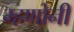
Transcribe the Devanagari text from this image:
म्हणोनी